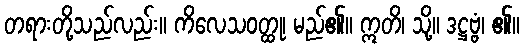
တရားတို့သည်လည်း။ ကိလေသဝတ္ထု၊ မည်၏။ ဣတိ၊ သို့။ ဒဋ္ဌဗ္ဗံ၊ ၏။